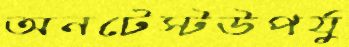
অনটেস্টউপর্যু